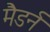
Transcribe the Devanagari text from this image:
मैडर्न